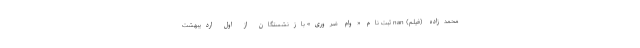
محمدزاده (فیلم) nan ثبت‌ نام «وام ضروری» بازنشستگان از اول اردیبهشت